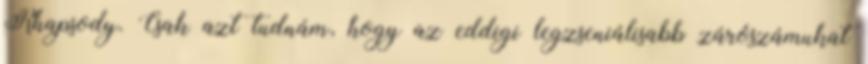
Rhapsody. Csak azt tudnám, hogy az eddigi legzseniálisabb zárószámukat